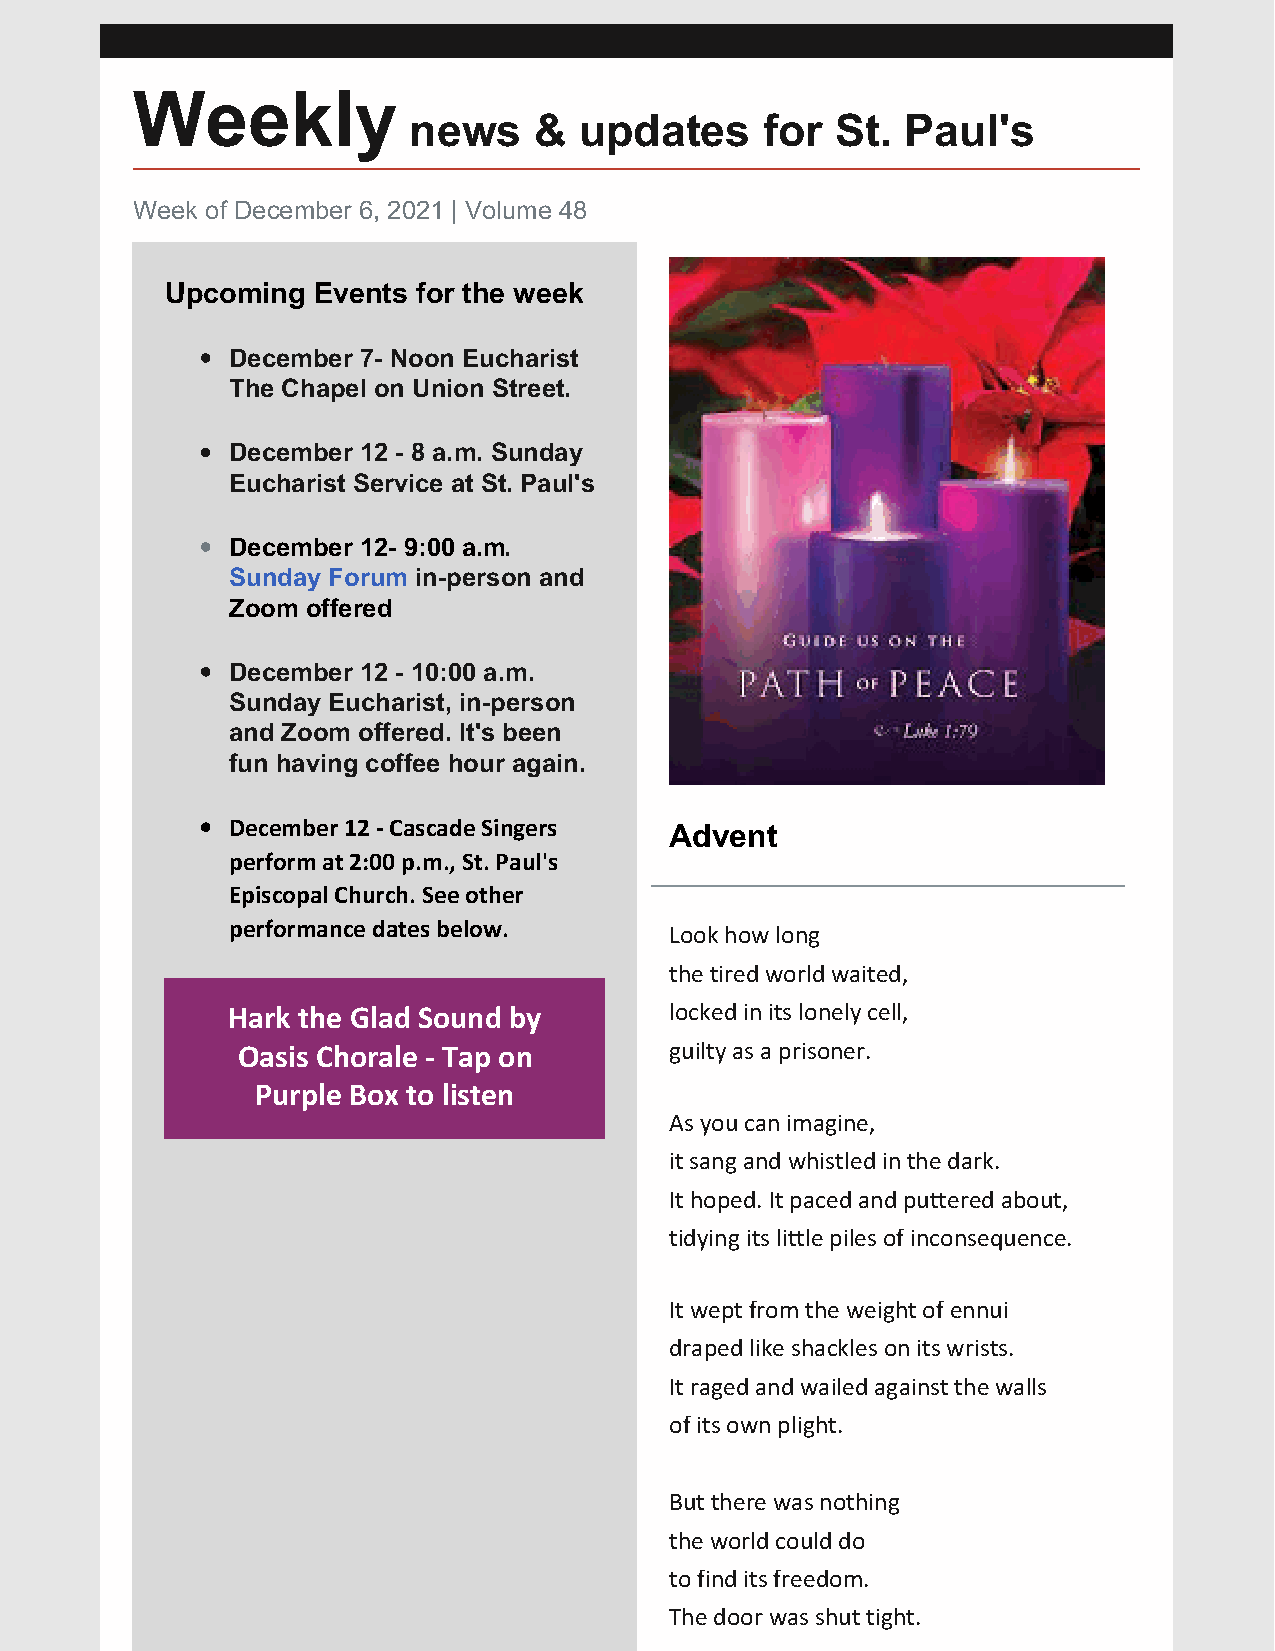
Weekly
 news    &  updates     for  St.  Paul's
 Week of December 6, 2021 | Volume 48
 Upcoming  Events for the week
 December 7- Noon Eucharist
 The Chapel on Union Street.
 December 12 - 8 a.m. Sunday
 Eucharist Service at St. Paul's
 December 12- 9:00 a.m.
 Sunday Forum in-person and
 Zoom offered
 December 12 - 10:00 a.m.
 Sunday Eucharist, in-person
 and Zoom offered. It's been
 fun having coffee hour again.
 December 12 - Cascade Singers Advent
 perform at 2:00 p.m., St. Paul's
 Episcopal Church. See other
 performance dates below.
 Look how long
 the tired world waited,
 Hark the Glad Sound by       locked in its lonely cell,
 Oasis Chorale - Tap on      guilty as a prisoner.
 Purple Box to listen
 As you can imagine,
 it sang and whistled in the dark.
 It hoped. It paced and puttered about,
 tidying its little piles of inconsequence.
 It wept from the weight of ennui
 draped like shackles on its wrists.
 It raged and wailed against the walls
 of its own plight.
 But there was nothing
 the world could do
 to find its freedom.
 The door was shut tight.